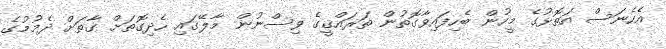
އެހެނަސް އަތޮޅުގެ މީހުން ބެހިފައިވާގޮތުން ތަރައްޤީގެ ވިސްނުން މާލޭގައި ހެދިގޮތަށް ގާތަށް ދެމުމުގެ